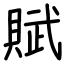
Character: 賦